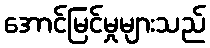
အောင်မြင်မှုများသည်